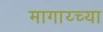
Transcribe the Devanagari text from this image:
मागाय्च्या